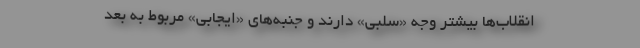
انقلاب‌ها بیشتر وجه «سلبی» دارند و جنبه‌های «ایجابی» مربوط به بعد